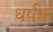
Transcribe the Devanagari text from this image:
धर्षक